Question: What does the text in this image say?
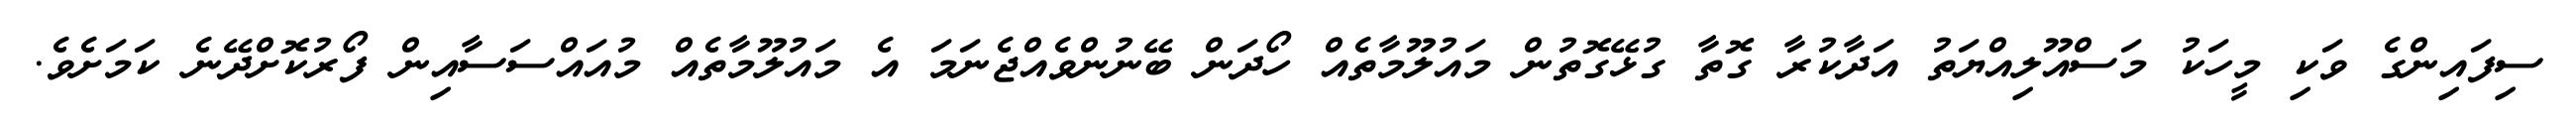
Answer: ސިފައިންގެ ވަކި މީހަކު މަސްއޫލިއްޔަތު އަދާކުރާ ގޮތާ ގުޅޭގޮތުން މައުލޫމާތެއް ހޯދަން ބޭނުންވެއްޖެނަމަ އެ މައުލޫމާތެއް މުއައްސަސާއިން ފޯރުކޮށްދޭނެ ކަމަށެވެ.